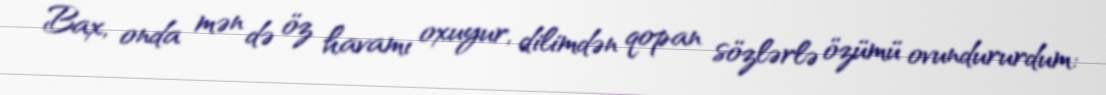
Bax, onda mən də öz havamı oxuyur, dilimdən qopan sözlərlə özümü ovundururdum: